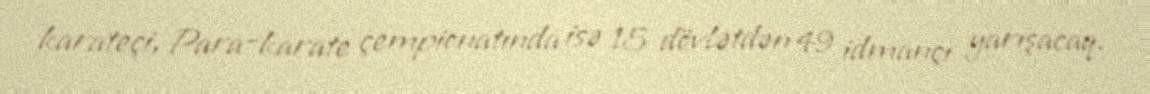
karateçi, Para-karate çempionatında isə 15 dövlətdən 49 idmançı yarışacaq.